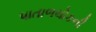
પાતાળલોકની